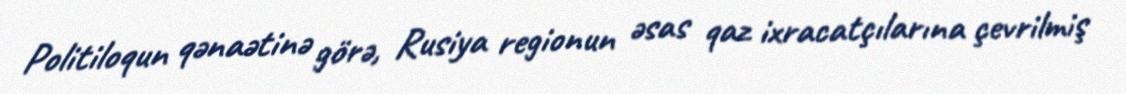
Politiloqun qənaətinə görə, Rusiya regionun əsas qaz ixracatçılarına çevrilmiş